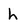
Character: h